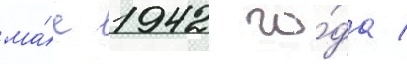
ма́е 1942 го́да /